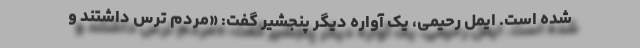
شده است. ایمل رحیمی، یک آواره دیگر پنجشیر گفت: «مردم ترس داشتند و